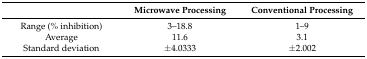
<table><thead><tr><td></td><td><b>Microwave Processing</b></td><td><b>Conventional Processing</b></td></tr></thead><tbody><tr><td>Range (% inhibition)</td><td>3–18.8</td><td>1–9</td></tr><tr><td>Average</td><td>11.6</td><td>3.1</td></tr><tr><td>Standard deviation</td><td>±4.0333</td><td>±2.002</td></tr></tbody></table>